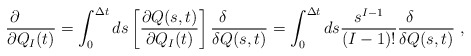
\begin{align*}{\partial \qquad \over \partial Q_I(t)} = \int_0^{\Delta t} ds \left[{\partial Q(s,t) \over \partial Q_I(t)}\right] {\delta \qquad \over \delta Q(s,t)} = \int_0^{\Delta t} ds {s^{I-1} \over (I-1)!} {\delta \qquad \over \delta Q(s,t)} \; ,\end{align*}